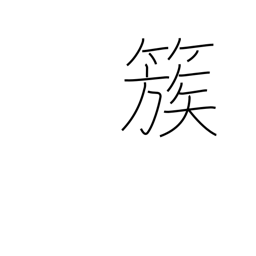
Meaning: group